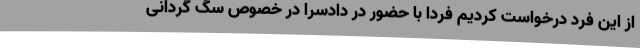
از این فرد درخواست کردیم فردا با حضور در دادسرا در خصوص سگ گردانی